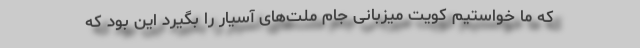
که ما خواستیم کویت میزبانی جام ملت‌های آسیار را بگیرد این بود که